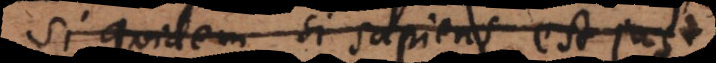
Si quidem; si sapiens est